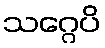
သဂ္ဂေပိ